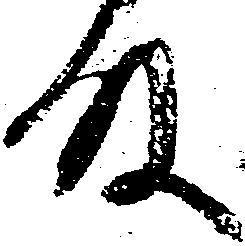
殿